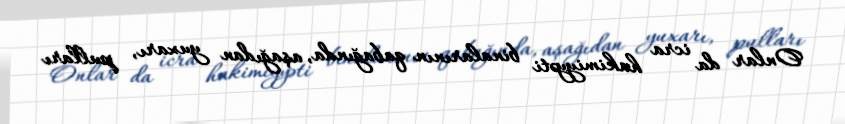
Onlar da icra hakimiyyəti binalarının qabağında, aşağıdan yuxarı, pulları